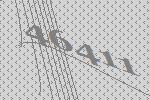
46411